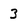
Character: 3